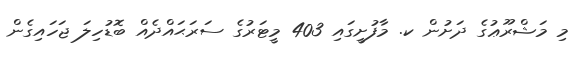
މި މަޝްރޫޢުގެ ދަށުން ކ. މާފުށީގައި 403 މީޓަރުގެ ސަރަޙައްދެއް ބޮޑުހިލަ ޖަހައިގެން